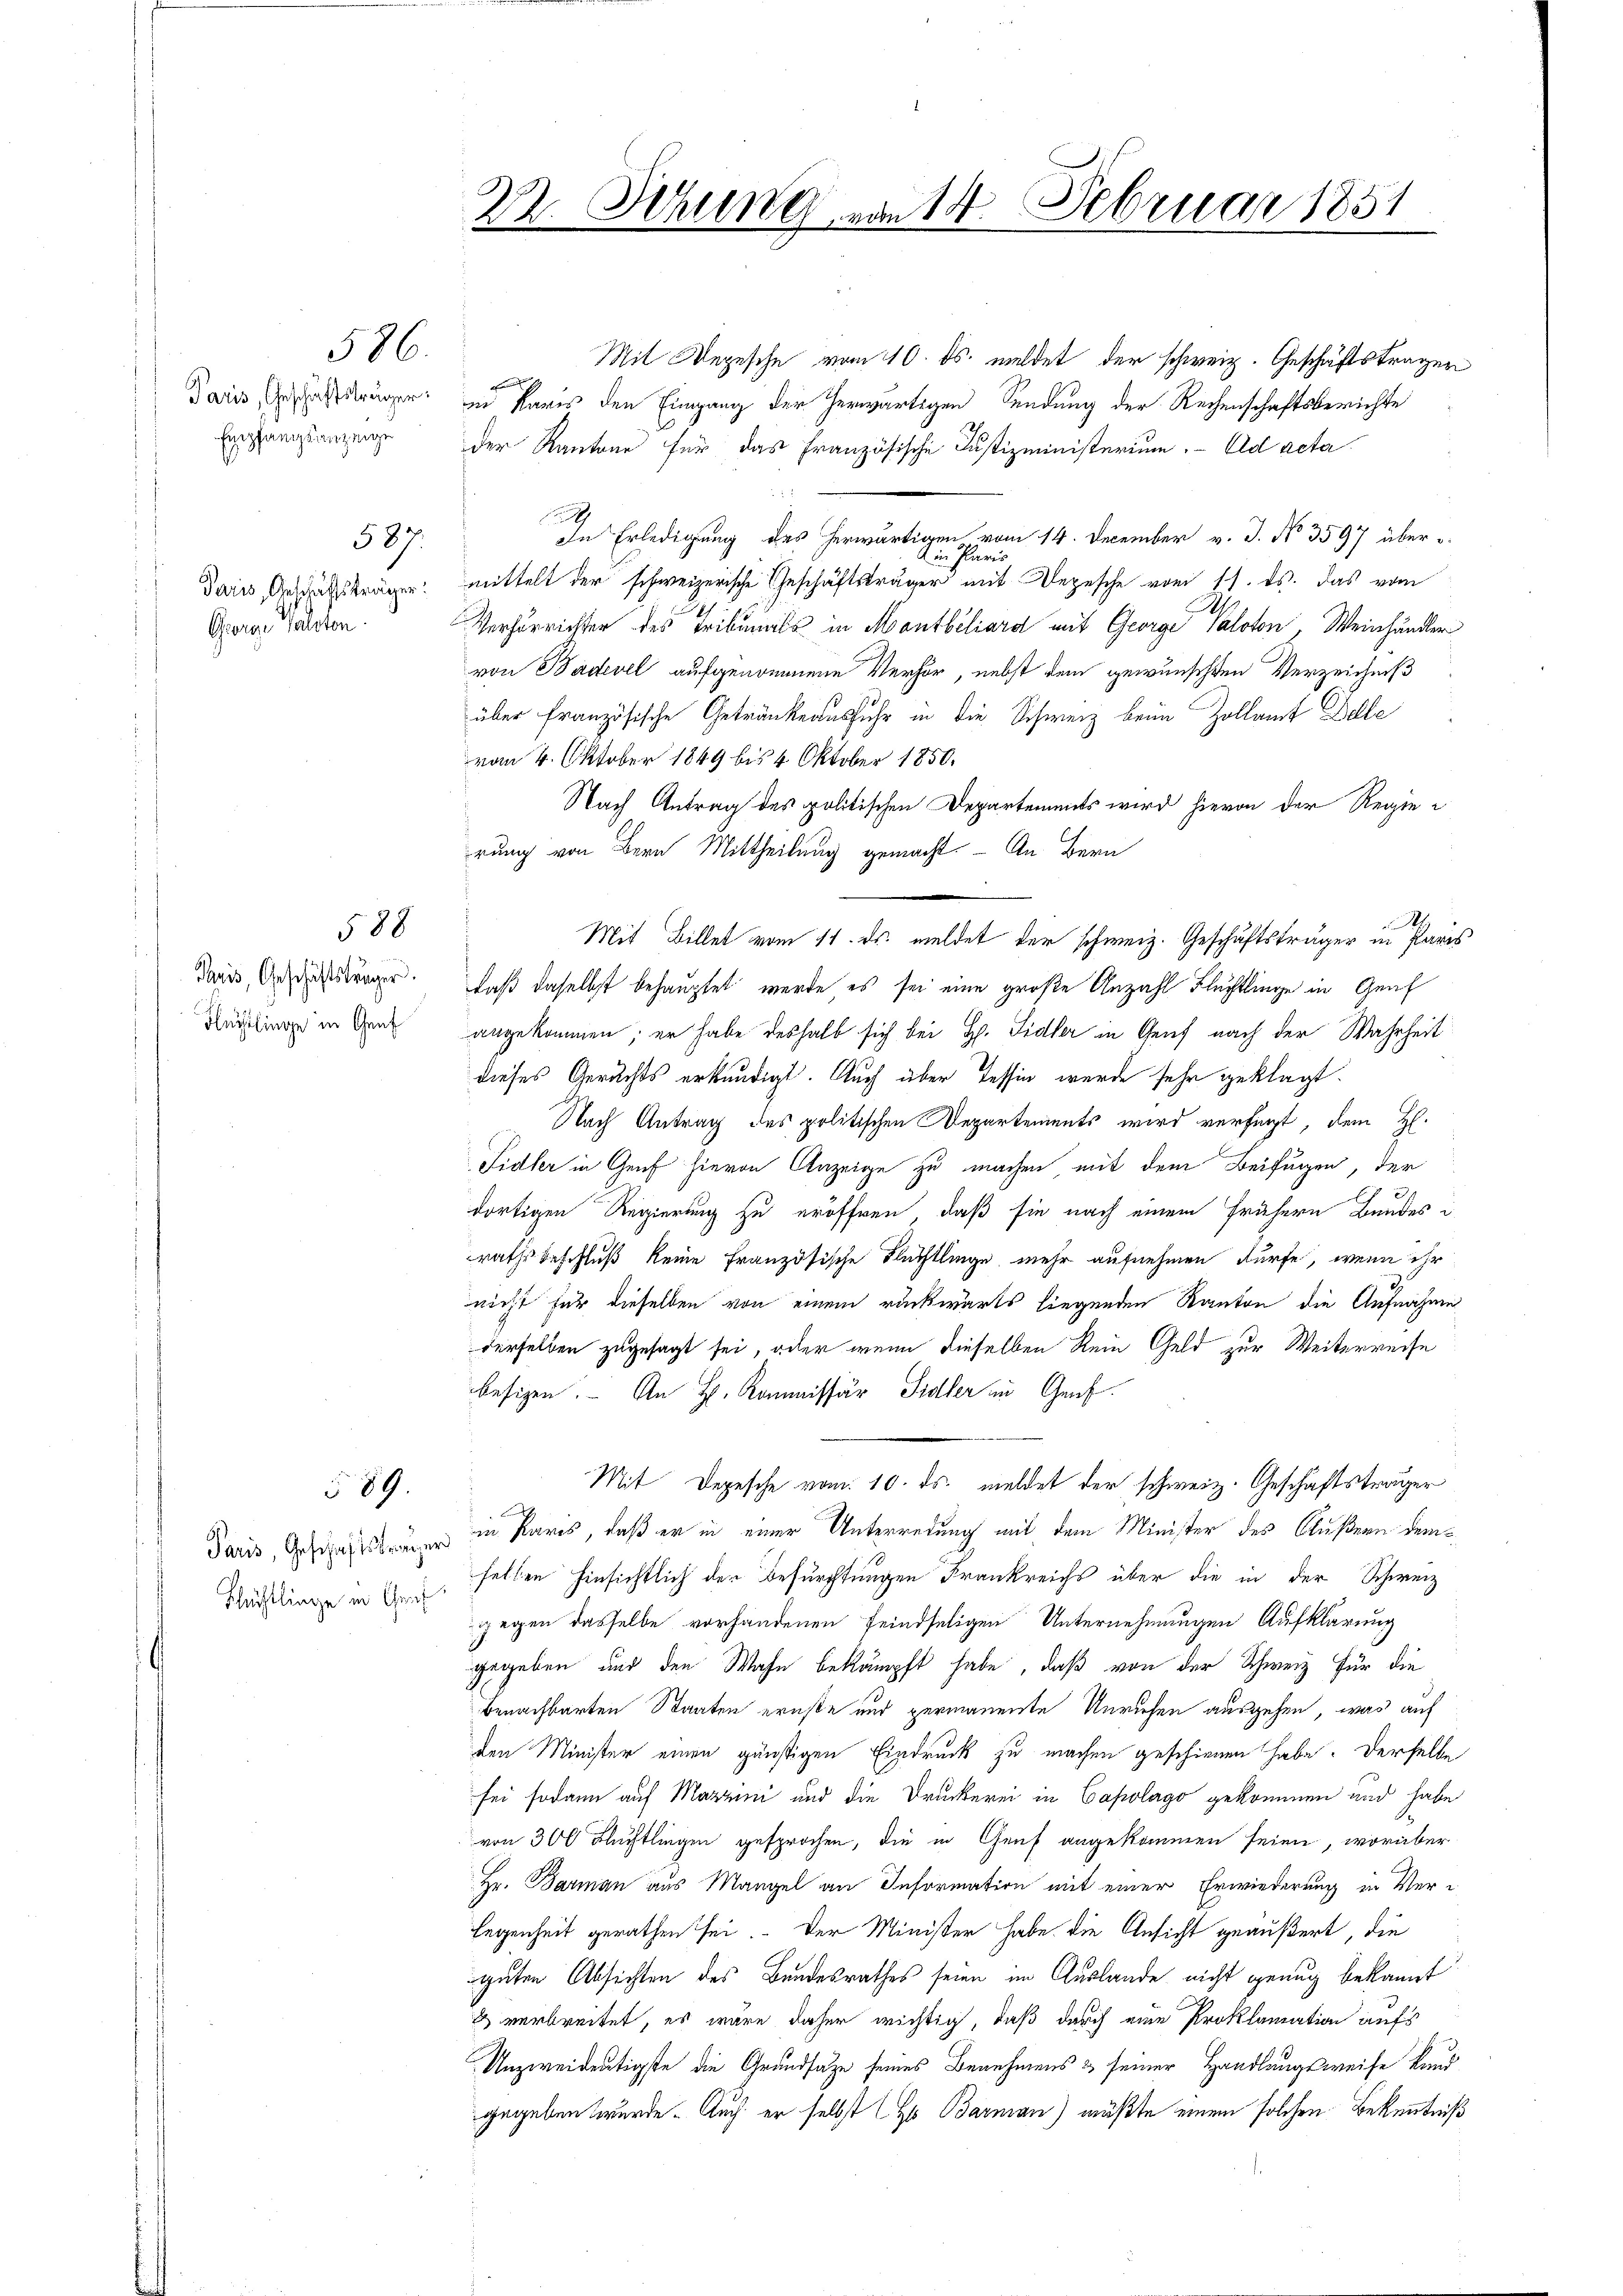
Paris, Geschäftsträger
Empfangsanzeige

586.

587.
Paris, Geschäftsträger
George Valoton.

588

Paris, Geschäftsträger.
Flüchtlinge in Genf

589

Paris, Geschäftsträger
Schüchtlinge in Graf

22. Sitzung von 14. Februar 1851

d

Mit Depesche vom 10. ds. meldet der schweiz. Geschäftstragen
e
in Paris den Eingang der herwärtigen Sendung der Rechenschaftsberichte
der Kantone für das französische Justizministerium. Ad acta

In Erledigung des herwärtigen vom 14. December v. J. No 3597 über
2 in Paris
mittelt der schweizerische Geschäftsträger mit Depesche vom 17. ds. das vom
S
Verhörrichten des Tribunals in Montbiliard mit George Saloton, Weinhändler
von Badevel aufgenommene Verhör, nebst dem gewünschten Verzeichniß
über französische Getränkensfuhr in die Schweiz beim Zollamt Delle
vom 4. Oktober 1849 bis 4 Oktober 1850.
Nach Antrag des politischen Departements wird hievon der Regierung von Bern Mittheilung gemacht. - An Bern
I
Mit Billet vom 11. ds. meldet der schweiz. Geschäftsträger in Paris
daß daselbst behauptet wurde es sei eine große Anzahl Fluchtlinge in Genf
angekommen; er habe deshalb sich bei H. Sidler in Genf nach der Wahrheit
dieses Gerichts erkundigt. Auch über Tessin werde sehr geklagt.
 Nach Antrag des politischen Departements wird verfügt, dem H.
Fidler in Graf hievon Anzeige zu machen mit dem Beifügen, der
.
dortigen Regierung zu eröffnen, daß sie nach einem frühern Bundes i
raths beschluß keine Französische Flüchtlinge mehr aufnehmen würfe, wenn der
nicht für dieselben von einem rückwärts liegenden Kanton die Aufnahme
derselben zugesagt sei, oder wenn dieselben kein Geld zur Weiterreise
besizen. An H. Kommissär Sidler in Graf.
Mit Depesche vom 10. ds. meldet der schweiz. Geschäftsträger
d
in Paris, daß er in einer Unterredung mit dem Minister des Äußern demfellen hinsichtlich der Befürchtungen Frankreichs über die in der Schweiz
ggegen dasselbe vorhandenen Feindseligen Unternehmungen Aufklärung
gegeben und den Wahn bekämpft habe, daß von der Schweiz für die
benachbarten Staaten ernste und permanente Unriefen ausgehen, was auf
den Minister einen günstigen Eindruck zu machen geschienen habe. Derselbe
sei sodann auf Marin und die Druckerei in Capolago gekommen und habe
von 300 Fluchtlingen gesprochen, die in Genf angekommen seien, worüber
Hr. Barmann aus Mangel an Information mit einer Erwiederung in Verlegenheit gerathen sei. Der Minister habe. Die Ansicht geäußert, die
guten Absichten des Bundesrathes seien im Auslande nicht genug bekannt
2 verbreitet, es wäre daher wichtig, daß durch eine Proklamation aufs
Unzweideutigste die Grundsätze seines Benehmens & seiner Handlungsweise kund
gegeben wurde. Auch er selbst (Ho Barman) müßte einem solchen Bekenntniß